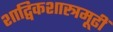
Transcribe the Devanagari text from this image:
शाद्विकशास्त्रमूढीं